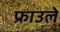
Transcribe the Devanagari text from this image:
फ्राउले